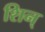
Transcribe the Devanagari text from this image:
शिन्‌